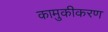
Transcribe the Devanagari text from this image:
कामुकीकरण